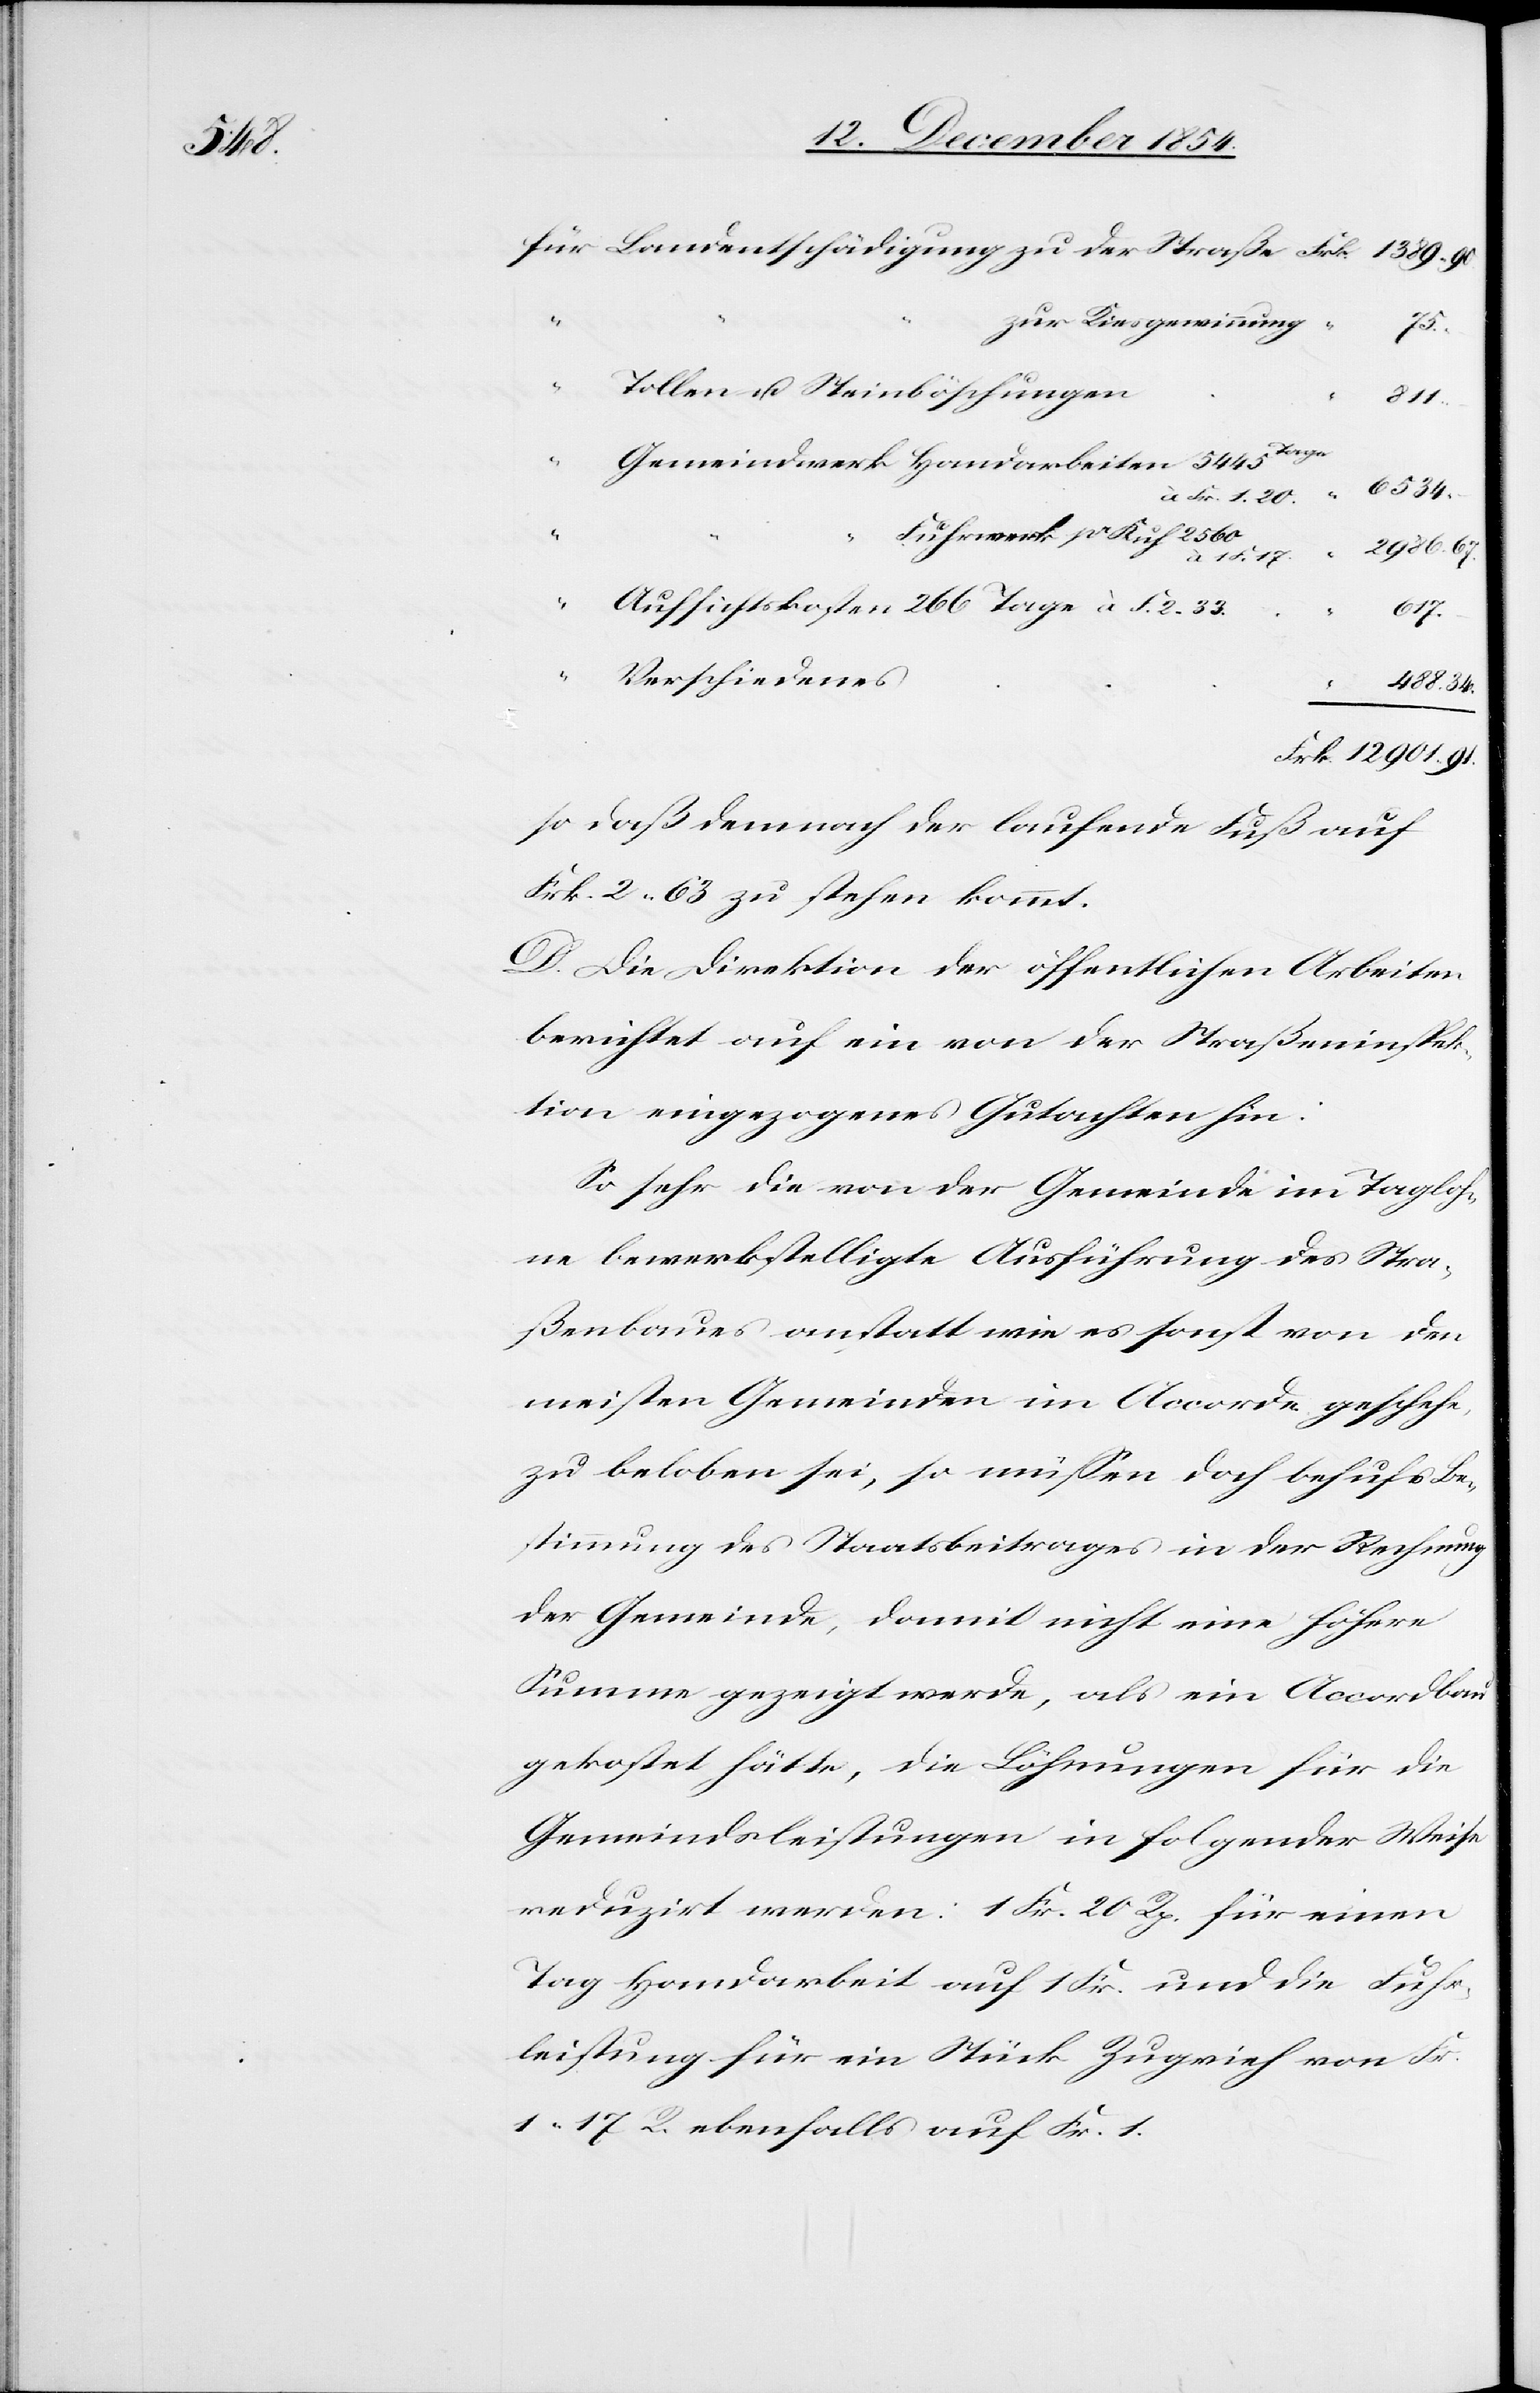
34.

2.
zur Kiesgewinnung
F.
Tollen u. Steinböschungen
12901.
Gemeindwerk Handarbeiten 5445 Tage
Fuhrwerk pr Kuh 2560
2986.
1 F. 17.
33.
Aufsichtskosten 266 Tage à F. 2. 33.
617.
Verschiedenes
so daß demnach der laufende Fuß auf
Frk. 2. 63 zu stehen kommt.
D. Die Direktion der öffentlichen Arbeiten
berichtet auf ein von der Straßeninspek¬
tion eingezogenes Gutachten hin:
So sehr die von der Gemeinde im Tagloh¬
ne bewerkstelligte Ausführung des Stra¬
ßenbaues anstatt wie es sonst von den
meisten Gemeinden im Accorde geschehe,
zu beloben sei, so müßen doch behufs Be¬
stimmung des Staatsbeitrages in der Rechnung
der Gemeinde damit nicht eine höhere
Summe gezeigt werde, als ein Accordbau
gekostet hätte, die Löhnungen für die
Gemeindsleistungen in folgender Weise
reduzirt werden: 1 Fr. 20 Rp. für einen
Tag Handarbeit auf 1 Fr. und die Fuhr¬
leistung für ein Stück Zugvieh von Fr.
1. 17 R. ebenfalls auf Fr. 1.